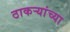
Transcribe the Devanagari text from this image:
ठाकर्‍यांच्या